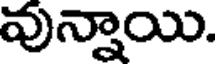
వున్నాయి.